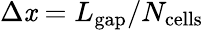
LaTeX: \Delta\mathit{x}=L_{\mathrm{{{gap}}}}/N_{\mathrm{{{cells}}}}